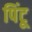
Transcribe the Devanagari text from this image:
पिंटू